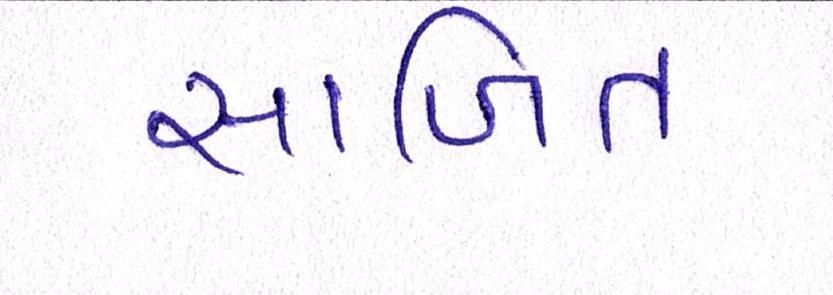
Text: સાબિત